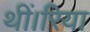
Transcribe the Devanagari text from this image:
थीं।रिया